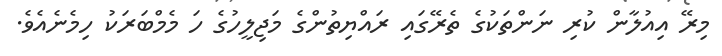
މިރޭ އިއުލާން ކުރި ނަންތަކުގެ ތެރޭގައި ރައްޔިތުންގެ މަޖިލީހުގެ ހަ މެމްބަރަކު ހިމެނެއެވެ.